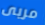
مربى